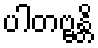
ပါတဗ္ဗန္တိ